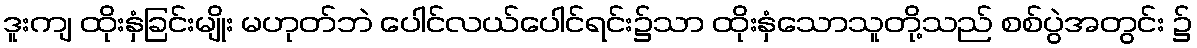
ဒူးကျ ထိုးနှံခြင်းမျိုး မဟုတ်ဘဲ ပေါင်လယ်ပေါင်ရင်း၌သာ ထိုးနှံသောသူတို့သည် စစ်ပွဲအတွင်း ၌